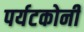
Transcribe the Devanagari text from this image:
पर्यटकोनी